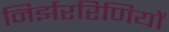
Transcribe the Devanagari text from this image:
निर्झररिणियों